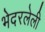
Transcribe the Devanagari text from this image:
भेदरलेली